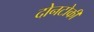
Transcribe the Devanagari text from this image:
दोनटोकी